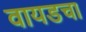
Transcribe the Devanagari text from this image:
वायडचा